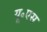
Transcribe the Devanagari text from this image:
यू॰एस